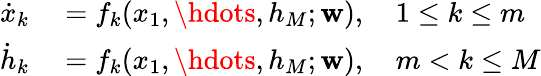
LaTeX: \begin{array}{rl}{\dot{x}_{k}}&{{}=f_{k}(x_{1},\hdots,h_{M};\mathbf{w}),\quad 1\leq k\leq m}\\ {\dot{h}_{k}}&{{}=f_{k}(x_{1},\hdots,h_{M};\mathbf{w}),\quad m<k\leq M}\end{array}